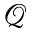
\mathcal { Q }